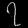
Digit: ၇